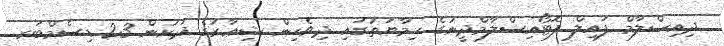
ދިއިސްލާމް ފައިލް ފޮޓޯއިސްލާމްދީނުގެ ޙިމާޔަތުގައި ދިވެހިން ޝިޢާރުގެ ދަށުން 23 ޑިސެމްބަރ